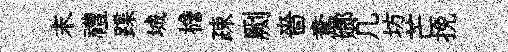
末禮蹀城檐疎劂嗇鴦嫏几坊芒挽